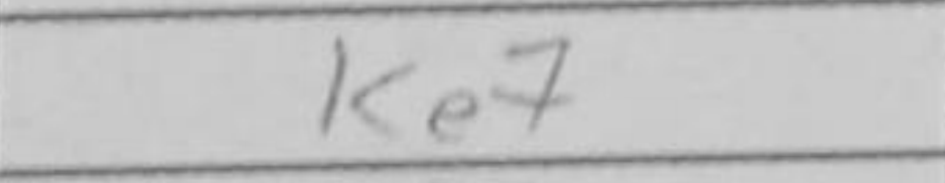
Transcription: Ke7